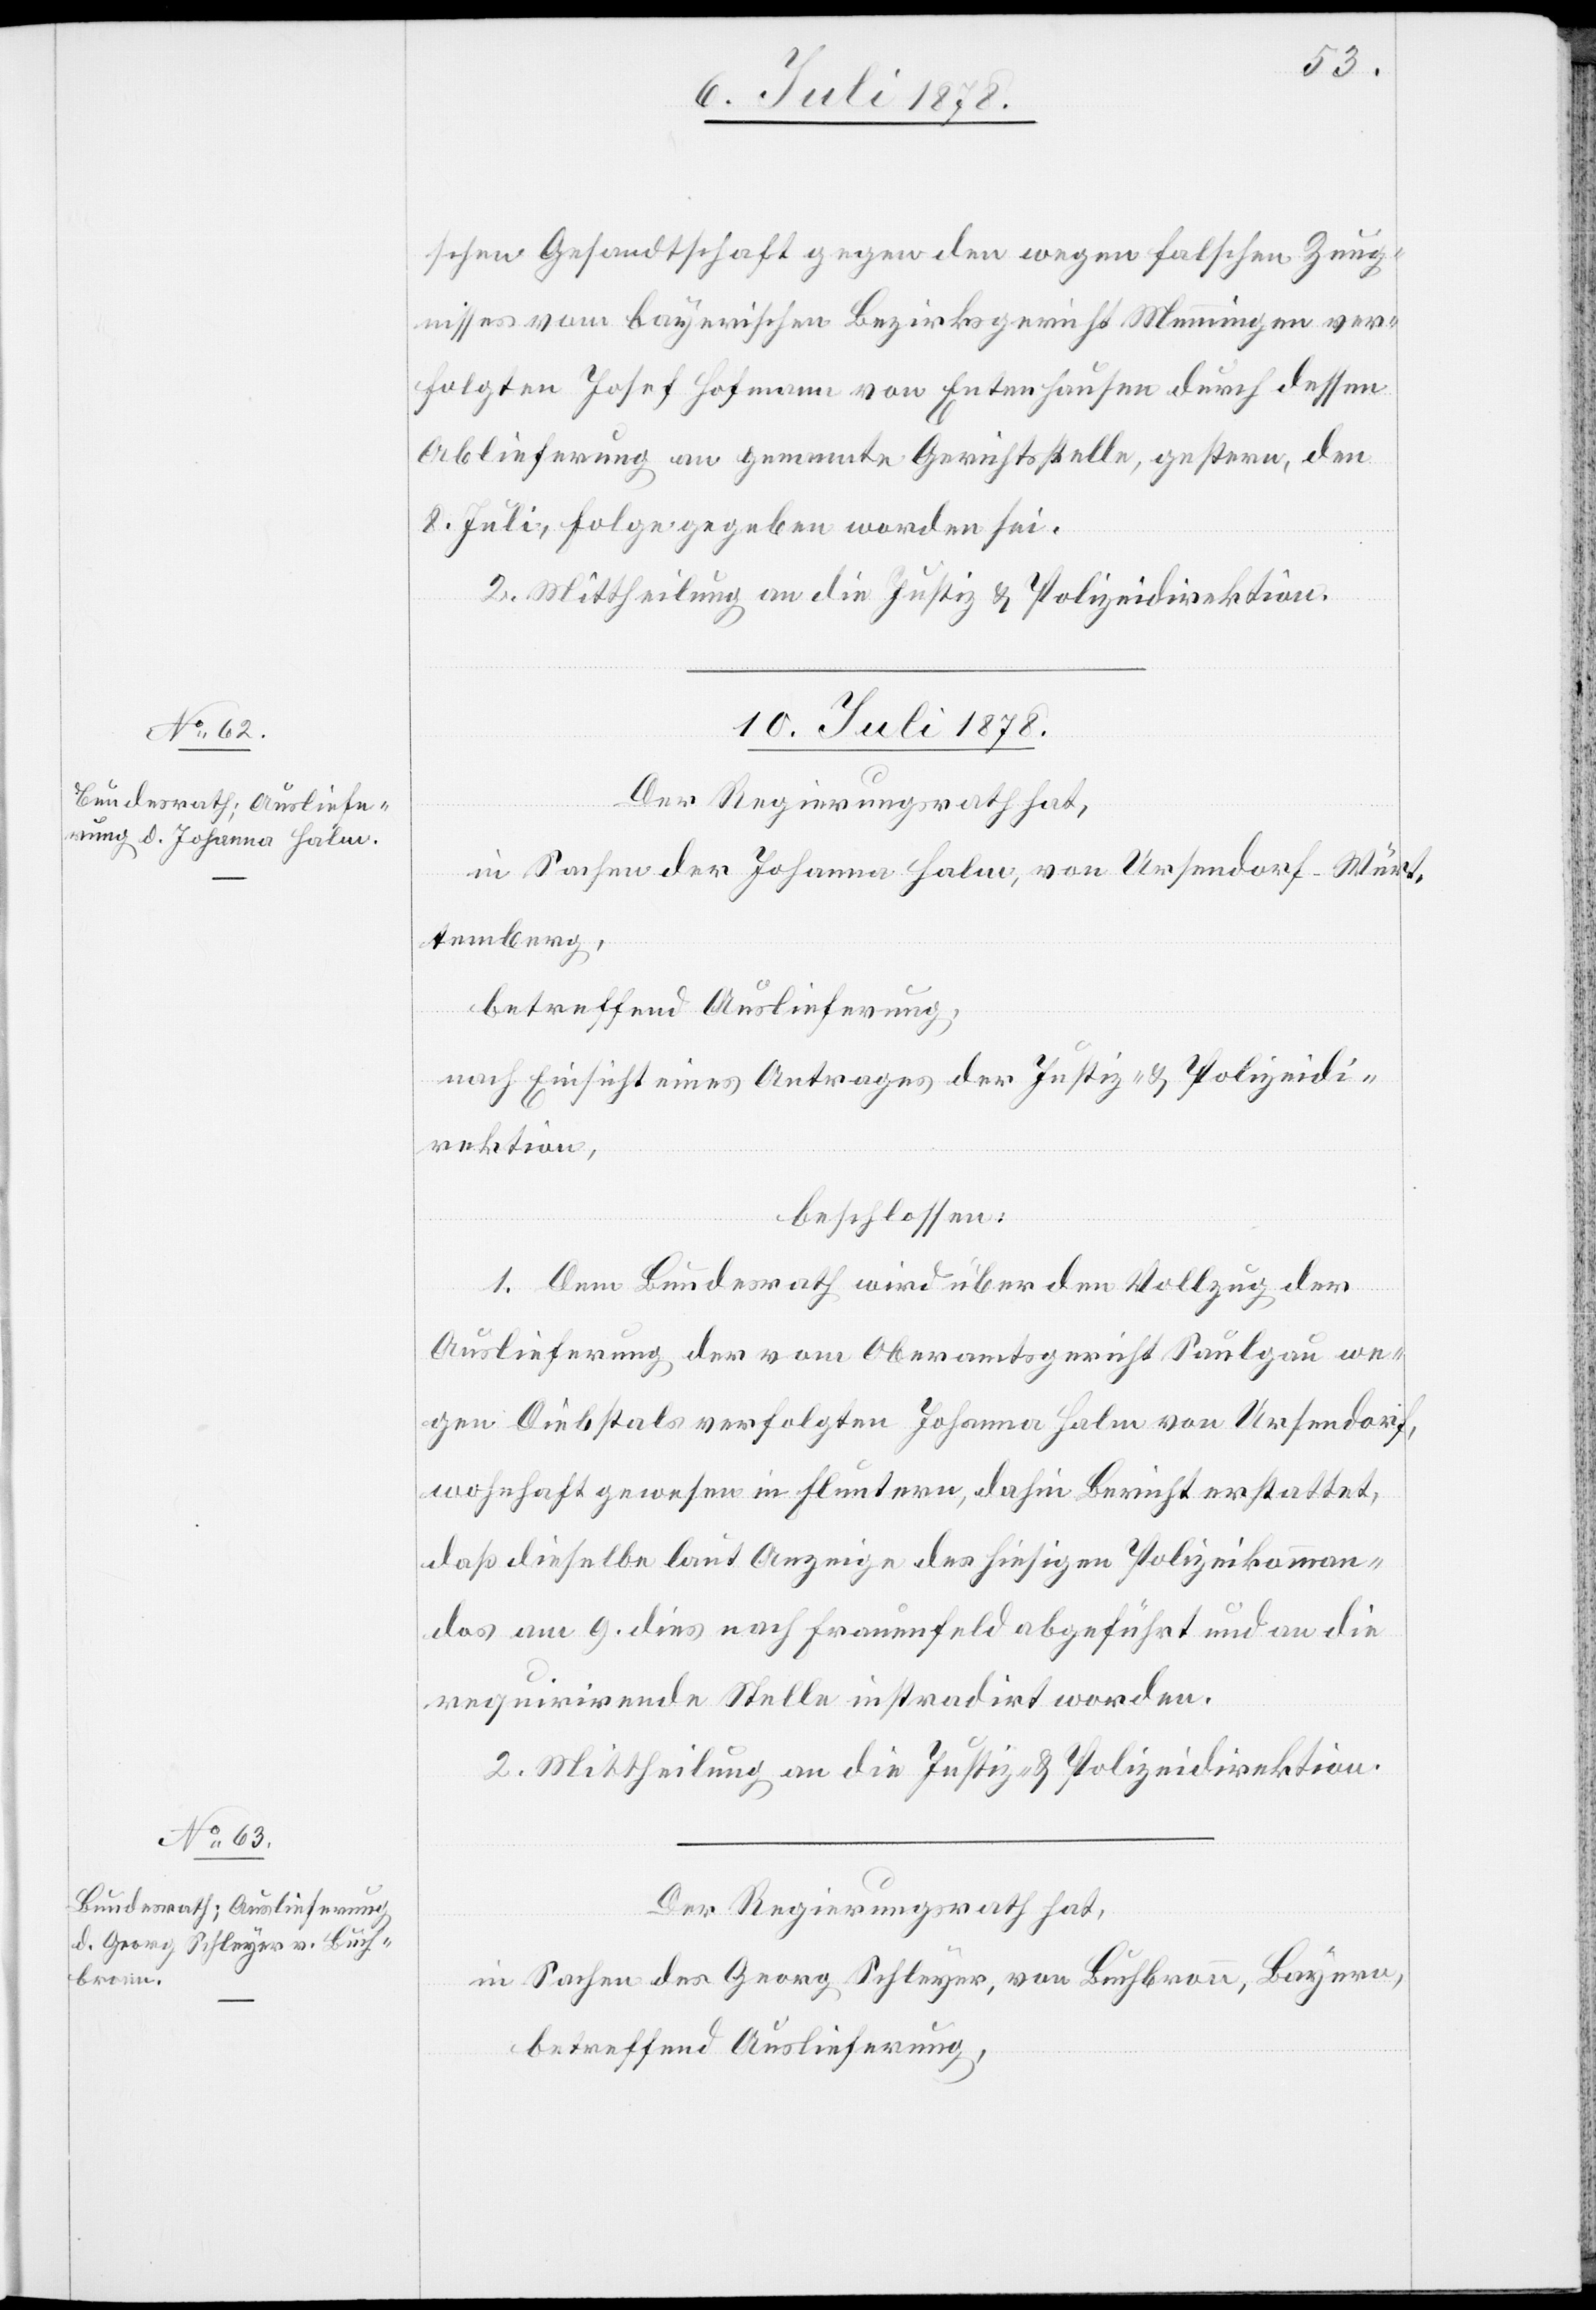
schen Gesandtschaft gegen den wegen falschen Zeug¬
nisses vom bayerischen Bezirksgericht Munningen ver¬
folgten Josef Hofmann von Entenhausen durch dessen
Ablieferung an genannte Gerichtsstelle, gestern, den
8. Juli, Folge gegeben worden sei.
2. Mittheilung an die Justiz- & Polizeidirektion.
10. Juli 1878.]
Der Regierungsrath hat,
in Sachen der Johanna Halm, von Ursendorf - Würt¬
temberg,
betreffend Auslieferung,
nach Einsicht eines Antrages der Justiz- & Polizeidi¬
rektion,
beschlossen:
1. Dem Bundesrath wird über den Vollzug der
Auslieferung der vom Oberamtsgericht Saulgau we¬
gen Diebstals verfolgten Johanna Halm von Ursendorf,
wohnhaft gewesen in Fluntern, dahin Bericht erstattet,
daß dieselbe laut Anzeige des hiesigen Polizeikomman¬
dos am 9. dies nach Frauenfeld abgeführt und an die
requirirende Stelle instradirt worden.
2. Mittheilung an die Justiz- & Polizeidirektion.
in Sachen des Georg Schleyer, von Buchbronn, Bayern,
betreffend Auslieferung,